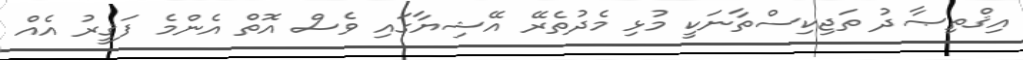
އިޤްތިޞާދު ތަޖިކިސްތާނަކީ މުޅި މެދުތެރޭ އޭޝިޔާގައި ވެސް އޮތް އެންމެ ފަޤީރު އެއް